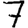
Digit: 7